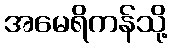
အမေရိကန်သို့